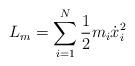
LaTeX: \begin{align*}L_m =\sum\limits_{i=1}^{N}\frac{1}{2}m_i \dot{x}^{2}_{i}\end{align*}